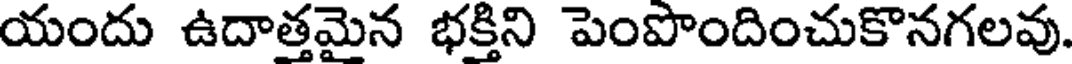
యందు ఉదాత్తమైన భక్తిని పెంపొందించుకొనగలవు